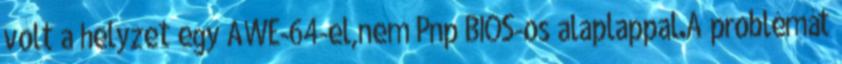
volt a helyzet egy AWE-64-el,nem Pnp BIOS-os alaplappal.A problémát